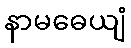
နာမဓေယျံ